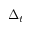
\Delta _ { t }